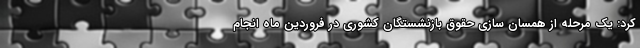
کرد: یک مرحله از همسان سازی حقوق بازنشستگان کشوری در فروردین ماه انجام